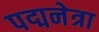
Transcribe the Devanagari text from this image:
पद्मनेत्रा